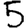
Digit: 5